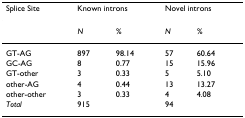
<table><thead><tr><td><b>Splice Site</b></td><td colspan="2"><b>Known introns</b></td><td colspan="2"><b>Novel introns</b></td></tr></thead><tbody><tr><td></td><td><i>N</i></td><td><i>%</i></td><td><i>N</i></td><td><i>%</i></td></tr><tr><td>GT-AG</td><td>897</td><td>98.14</td><td>57</td><td>60.64</td></tr><tr><td>GC-AG</td><td>8</td><td>0.77</td><td>15</td><td>15.96</td></tr><tr><td>GT-other</td><td>3</td><td>0.33</td><td>5</td><td>5.10</td></tr><tr><td>other-AG</td><td>4</td><td>0.44</td><td>13</td><td>13.27</td></tr><tr><td>other-other</td><td>3</td><td>0.33</td><td>4</td><td>4.08</td></tr><tr><td><i>Total</i></td><td>915</td><td></td><td>94</td><td></td></tr></tbody></table>